Annual report on the Civil Veterinary Department, Burma (including the Insein Veterinary School) - 1910-1922
Year: 1910
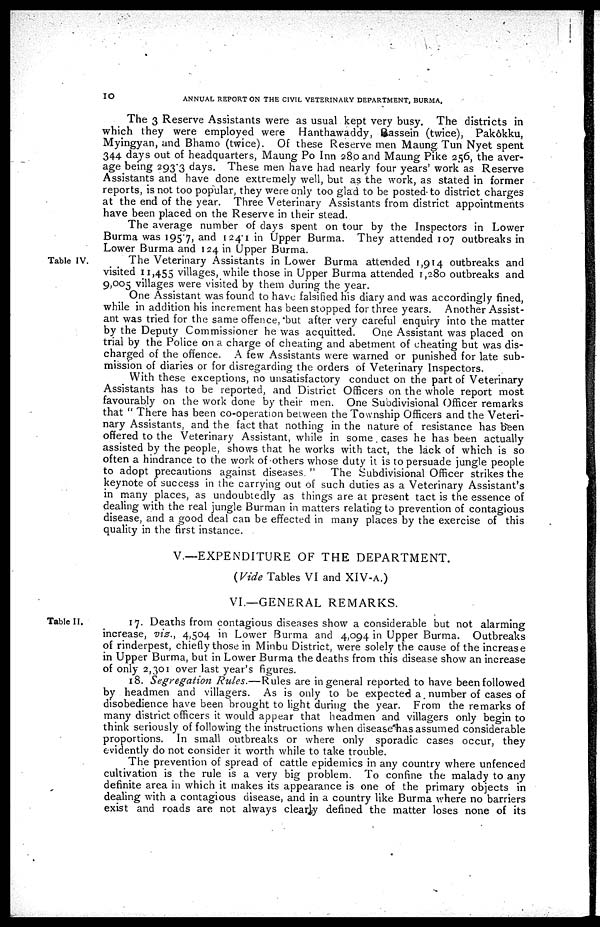
10
ANNUAL REPORT ON THE CIVIL VETERINARY DEPARTMENT, BURMA,
The 3 Reserve Assistants were as usual kept very busy. The districts in
which they were employed were Hanthawaddy, Bassein (twice), Pakôkku,
Myingyan, and Bhamo (twice). Of these Reserve men Maung Tun Nyet spent
344 days out of headquarters, Maung Po Inn 280 and Maung Pike 256, the aver-
age being 293.3 days. These men have had nearly four years' work as Reserve
Assistants and have done extremely well, but as the work, as stated in former
reports, is not too popular, they were only too glad to be posted-to district charges
at the end of the year. Three Veterinary Assistants from district appointments
have been placed on the Reserve in their stead.
The average number of clays spent on tour by the Inspectors in Lower
Burma was 1957, and 1241 in Upper Burma. They attended 107 outbreaks in
Lower Burma and 124 in Upper Burma.
Table IV.
The Veterinary Assistants in Lower Burma attended 1,914 outbreaks and
visited 11,455 villages, while those in Upper Burma attended 1,280 outbreaks and
9,005 villages were visited by them during the year.
One Assistant was found to have falsified his diary and was accordingly fined,
while in addition his increment has been stopped for three years. Another Assist-
ant was tried for the same offence, but after very careful enquiry into the matter
by the Deputy Commissioner he was acquitted.
One Assistant was placed on
trial by the Police on a charge of cheating and abetment of cheating but was dis-
charged of the offence. A few Assistants were warned or punished for late sub-
mission of diaries or for disregarding the orders of Veterinary Inspectors.
With these exceptions, no unsatisfactory conduct on the part of Veterinary
Assistants has to be reported, and District Officers on the whole report most
favourably on the work done by their men. One Subdivisional Officer remarks
that " There has been co-operation between the Township Officers and the Veteri-
nary Assistants, and the fact that nothing in the nature of resistance has Been
offered to the Veterinary Assistant, while in some . cases he has been actually
assisted by the people, shows that he works with tact, the lack of which is so
often a hindrance to the work of others whose duty it is to persuade jungle people
to adopt precautions against diseases. " The Subdivisional Officer strikes the
keynote of success in the carrying out of such duties as a Veterinary Assistant's
in many places, as undoubtedly as things are at present tact is the essence of
dealing with the real jungle Burman in matters relating to prevention of contagious
disease, and a good deal can be. effected in many places by the exercise of this
quality in the first instance.
V.—EXPENDITURE OF THE DEPARTMENT.
(Vide Tables VI and XIV-A.)
VI.—GENERAL REMARKS.
Table II.
17. Deaths from contagious diseases show a considerable but not alarming
increase, viz., 4,504 in Lower Burma and 4,094 in Upper Burma. Outbreaks
of rinderpest, chiefly those in Minbu District, were solely the cause of the increase
in Upper Burma, but in Lower Burma the deaths from this disease show an increase
of only 2,301 over last year's figures.
18. Segregation Rules.—Rules are in general reported to have been followed
by headmen and villagers. As is only to be expected a. number of cases of
disobedience have been brought to light during the year. From the remarks of
many district officers it would appear that headmen and villagers only begin to
think seriously of following the instructions when disease*has assumed considerable
proportions. In small outbreaks or where only sporadic cases occur, they
evidently do not consider it worth while to take trouble.
The prevention of spread of cattle epidemics in any country where unfenced
cultivation is the rule is a very big problem. To confine the malady to any
definite area in which it makes its appearance is one of the primary objects in
dealing with a contagious disease, and in a country like Burma where no barriers
exist and roads are not always clearly defined the matter loses none of its